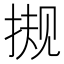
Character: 𰓻